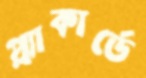
প্ল্যাকার্ডে